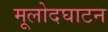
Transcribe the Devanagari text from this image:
मूलोदघाटन